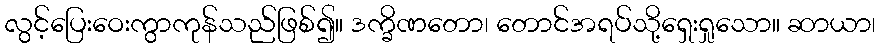
လွင့်ပြေးဝေးကွာကုန်သည်ဖြစ်၍။ ဒက္ခိဏတော၊ တောင်အရပ်သို့ရှေးရှုသော။ ဆာယာ၊